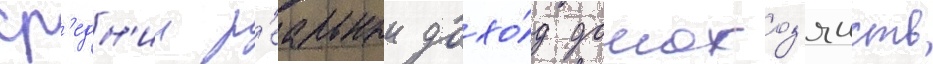
ср'едн'ии р'еальныи дохо́д домохоз'яиств